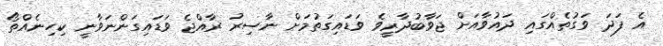
އެ ފަދަ ވަގުތެއްގައި ދައުވާއަށް ޖަވާބުދާރީވެ ވަޑައިގަތުމަށް ނާސިރު ރާއްޖެ ވަޑައިގަންނަވާނީ ކިހިނެއްތޯ